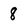
Character: 8